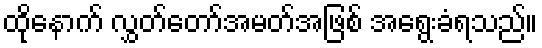
ထိုနောက် လွှတ်တော်အမတ်အဖြစ် အရွေးခံရသည်။